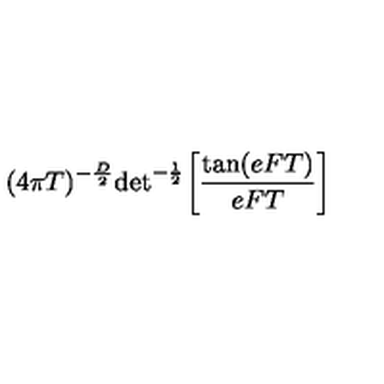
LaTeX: ( 4 \pi T ) ^ { - { \frac { D } { 2 } } } \mathrm { d e t } ^ { - { \frac { 1 } { 2 } } } \biggl [ { \frac { \mathrm { t a n } ( e F T ) } { e F T } } \biggr ] \quad \,